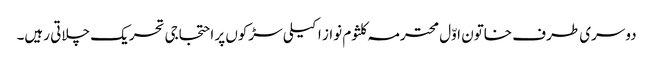
دوسری طرف خاتون اوّل محترمہ کلثوم نواز اکیلی سڑکوں پر احتجاجی تحریک چلاتی رہیں۔